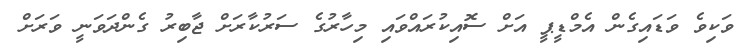
ވަކިވެ ވަޑައިގެން އެމްޑީޕީ އަށް ސޮއިކުރައްވައި މިހާރުގެ ސަރުކާރަށް ޖާބިރު ގެންދަވަނީ ވަރަށް